Annual report of the Imperial Bacteriologist
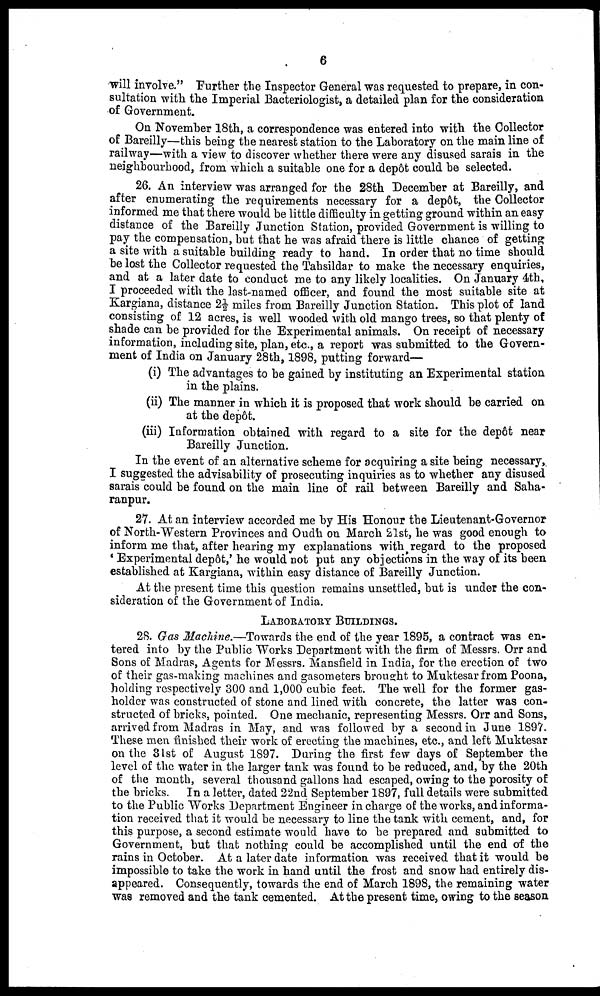
6
will involve." Further the Inspector General was requested to prepare, in con-
sultation with the Imperial Bacteriologist, a detailed plan for the consideration
of Government.
On November 18th, a correspondence was entered into with the Collector
of Bareilly—this being the nearest station to the Laboratory on the main line of
railway—with a view to discover whether there were any disused sarais in the
neighbourhood, from which a suitable one for a depôt could be selected.
26. An interview was arranged for the 28th December at Bareilly, and
after enumerating the requirements necessary for a depôt, the Collector
informed me that there would be little difficulty in getting ground within an easy
distance of the Bareilly Junction Station, provided Government is willing to
pay the compensation, but that he was afraid there is little chance of getting
a site with a suitable building ready to hand. In order that no time should
be lost the Collector requested the Tahsildar to make the necessary enquiries,
and at a later date to conduct me to any likely localities. On January 4th,
I proceeded with the last named officer, and found the most suitable site at
Kargiana, distance 2½ miles from Bareilly Junction Station. This plot of land
consisting of 12 acres, is well wooded with old mango trees, so that plenty of
shade can be provided for the Experimental animals. On receipt of necessary
information, including site, plan, etc., a report was submitted to the Govern-
ment of India on January 28th, 1898, putting forward—
(i) The advantages to be gained by instituting an Experimental station
in the plains.
(ii) The manner in which it is proposed that work should be carried on
at the depôt.
(iii) Information obtained with regard to a site for the depôt near
Bareilly Junction.
In the event of an alternative scheme for acquiring a site being necessary,
I suggested the advisability of prosecuting inquiries as to whether any disused
sarais could be found on the main line of rail between Bareilly and Saha-
ranpur.
27. At an interview accorded me by His Honour the Lieutenant-Governor
of North-Western Provinces and Oudh on March 21st, he was good enough to
inform me that, after hearing my explanations with regard to the proposed
'Experimental depôt,' he would not put any objections in the way of its been
established at Kargiana, within easy distance of Bareilly Junction.
At the present time this question remains unsettled, but is under the con-
sideration of the Government of India.
LABORATORY BUILDINGS.
28. Gas Machine.—Towards the end of the year 1895, a contract was en-
tered into by the Public Works Department with the firm of Messrs. Orr and
Sons of Madras, Agents for Messrs. Mansfield in India, for the erection of two
of their gas-making machines and gasometers brought to Muktesar from Poona,
holding respectively 300 and 1,000 cubic feet. The well for the former gas-
holder was constructed of stone and lined with concrete, the latter was con-
structed of bricks, pointed. One mechanic, representing Messrs. Orr and Sons,
arrived from Madras in May, and was followed by a second in June 1897.
These men finished their work of erecting the machines, etc., and left Muktesar
on the 31st of August 1897. During the first few days of September the
level of the water in the larger tank was found to be reduced, and, by the 20th
of the month, several thousand gallons had escaped, owing to the porosity of
the bricks. In a letter, dated 22nd September 1897, full details were submitted
to the Public Works Department Engineer in charge of the works, and informa-
tion received that it would be necessary to line the tank with cement, and, for
this purpose, a second estimate would have to be prepared and submitted to
Government, but that nothing could be accomplished until the end of the
rains in October. At a later date information was received that it would be
impossible to take the work in hand until the frost and snow had entirely dis-
appeared. Consequently, towards the end of March 1898, the remaining water
was removed and the tank cemented. At the present time, owing to the season